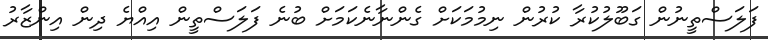
ފަލަސްތީނުން ގަބޫލުކުރާ ކުރުން ނިމުމަކަށް ގެންނާނެކަމަށް ބުނެ ފަލަސްތީން އިއްޔެ ދިން އިންޒާރު